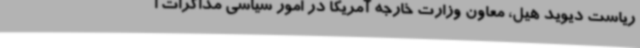
ریاست دیوید هیل، معاون وزارت خارجه آمریکا در امور سیاسی مذاکرات ا